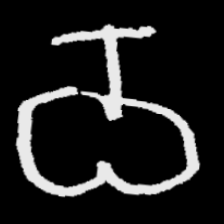
Pyu character \u2014 Myanmar letter: ဝ (romanized: wa)